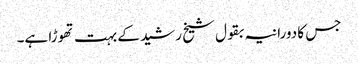
جس کا دورانیہ بقول شیخ رشید کے بہت تھوڑا ہے۔